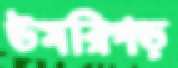
উমরিগড়